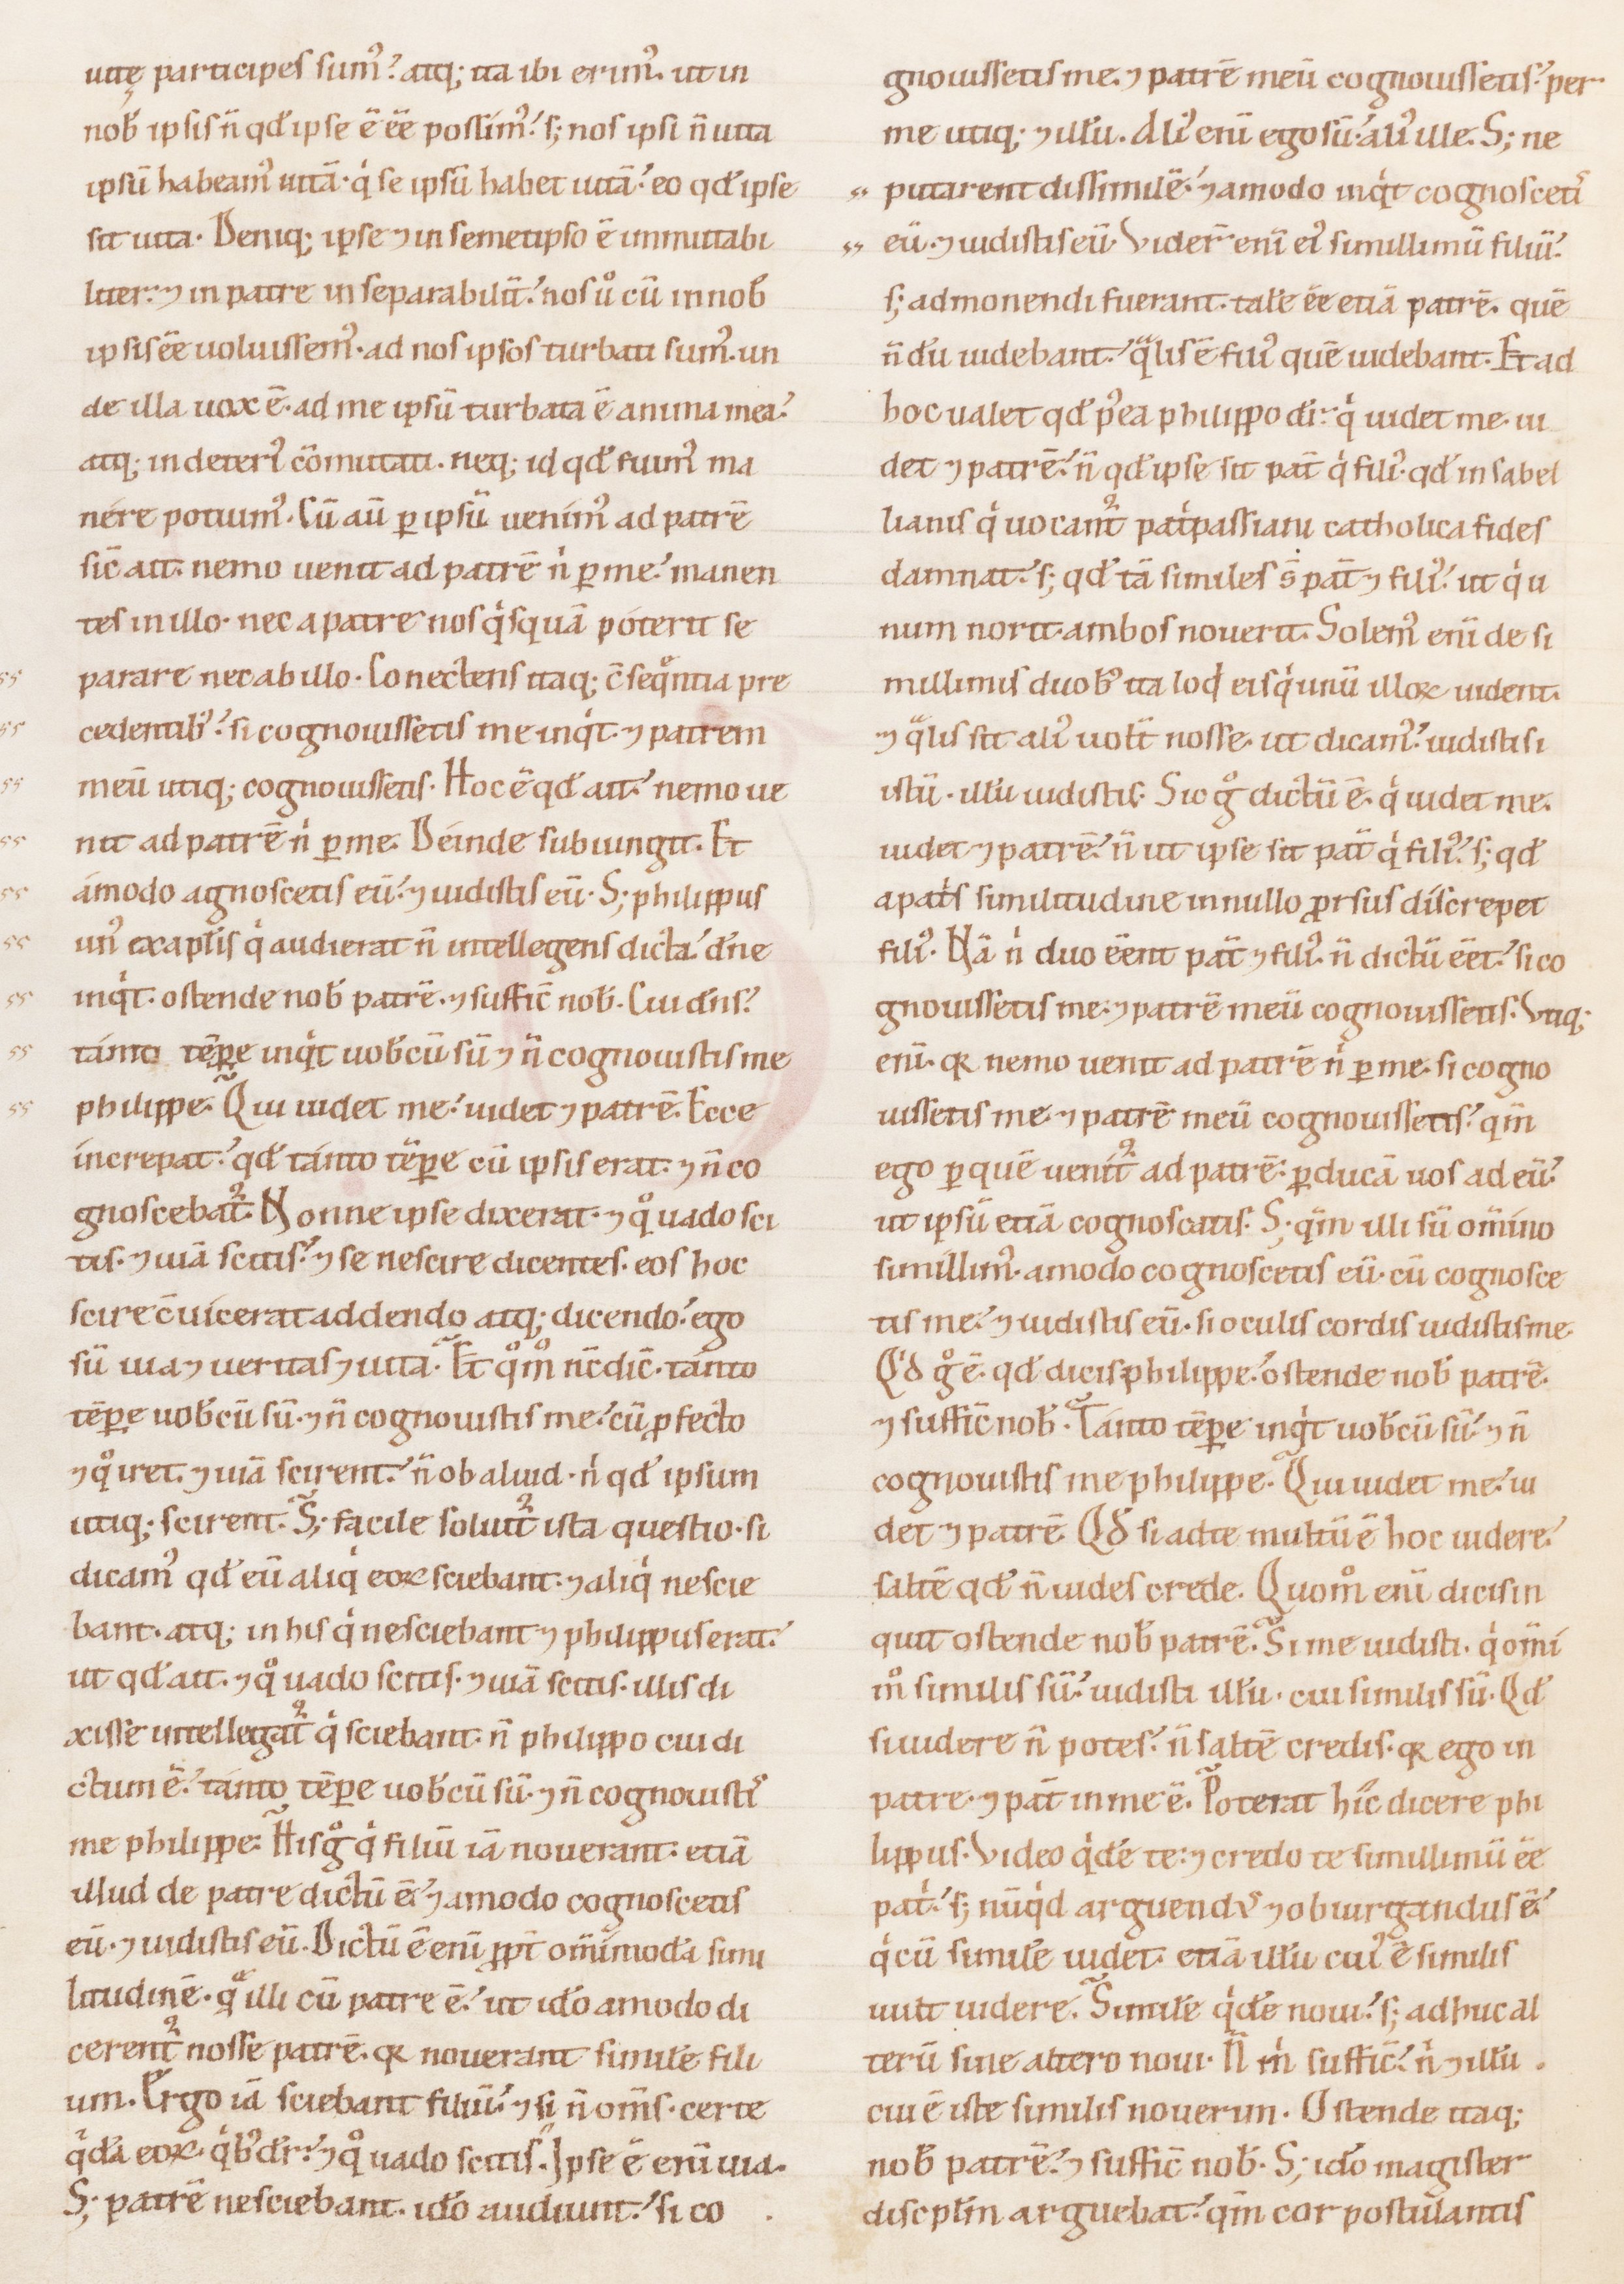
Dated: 1100–1199